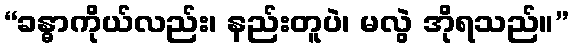
“ခန္ဓာကိုယ်လည်း၊ နည်းတူပဲ၊ မလွဲ အိုရသည်။”